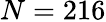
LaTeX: N=216